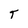
Character: T